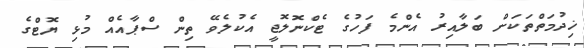
ޚިދުމަތްތަކަށް ބަލާއިރު އެންމެ ފަހުގެ ޓެކްނޮލޮޖީ އެކުލެވޭ ތިން ސްޕާއެއް މުޅި ޔޮޓްގެ